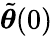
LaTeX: \tilde{{\boldsymbol{\theta}}}(0)